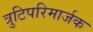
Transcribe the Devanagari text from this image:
त्रुटिपरिमार्जक